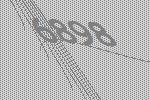
6898